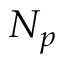
N _ { p }